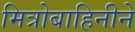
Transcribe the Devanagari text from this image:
मित्रोबाहिनीने